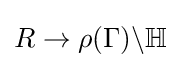
R\to \rho (\Gamma )\backslash \mathbb {H}